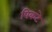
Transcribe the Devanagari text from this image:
पिकटे